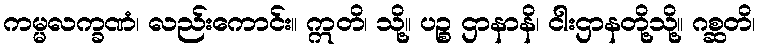
ကမ္မလက္ခဏံ၊ လည်းကောင်း။ ဣတိ၊ သို့။ ပဉ္စ ဌာနာနိ၊ ငါးဌာနတို့သို့။ ဂစ္ဆတိ၊